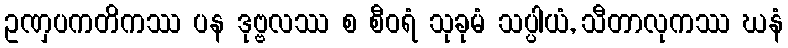
ဥဏှပကတိကဿ ပန ဒုဗ္ဗလဿ စ စီဝရံ သုခုမံ သပ္ပါယံ, သီတာလုကဿ ဃနံ